Civil Veterinary Department Bihar & Orissa reports 1922-29 - 1922-1929
Year: 1922
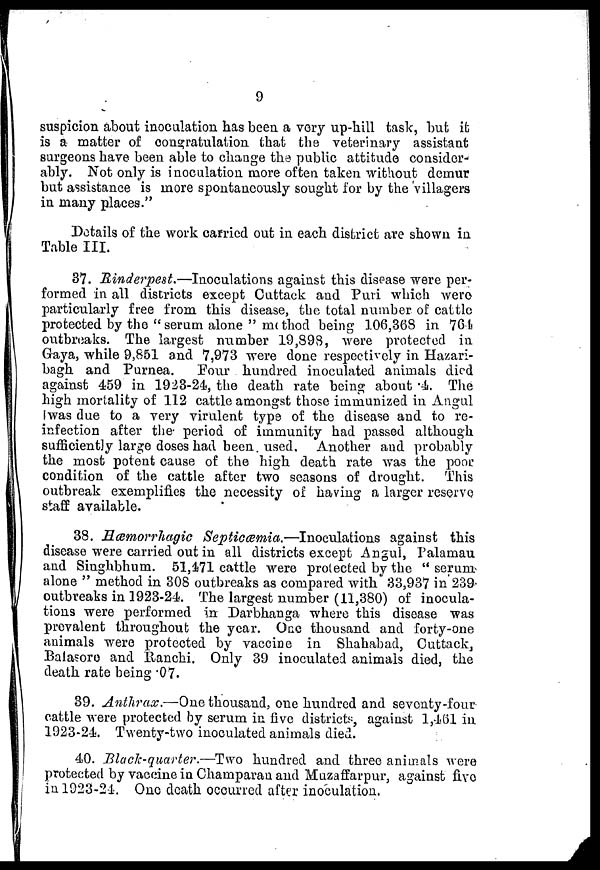
9
suspicion about inoculation has been a very up-hill task, but it
is a matter of congratulation that the veterinary assistant
surgeons have been able to change the public attitude consider-
ably. Not only is inoculation more often taken without demur
but assistance is more spontaneously sought for by the villagers
in many places.''
Details of the work carried out in each district are shown in
Table III.
37. Rinderpest.—Inoculations
against this disease were per-
formed in all districts except Cuttack and Puri which were
particularly free from this disease, the total number of cattle
protected by the "serum alone " method being 106,368 in 764
outbreaks. The largest number 19,898, were protected in
Gaya, while 9,851 and 7,973 were done respectively in Hazari-
bagh and Purnea.
Pour hundred inoculated animals died
against 459 in 1923-24, the death rate being about "4. The
high mortality of 112 cattle amongst those immunized in Angul
was due to a very virulent type of the disease and to re-
infection after the period of immunity had passed although
sufficiently large doses had been. used. Another and probably
the most potent cause of the high death rate was the poor
condition of the cattle after two seasons of drought. This
outbreak exemplifies the necessity of having a larger reserve
staff available.
38. Hæmorrhagic Septicæmia.-—Inoculations
against this
disease were carried out in all districts except Angul, Palamau
and Singhbhum. 51,471 cattle were protected by the " serum
alone " method in 308 outbreaks as compared with 33,937 in 239
outbreaks in 1923-24. The largest number (11,380) of inocula-
tions were performed in Darbhanga where this disease was
prevalent throughout the year. One thousand and forty-one
animals were protected by vaccine in Shahabad, Cuttack,
Balasoro and Ranchi. Only 39 inoculated animals died, the
death rate being 07.
39. Anthrax.—One thousand, one hundred and seventy-four-
cattle were protected by serum in five districts, against 1,461 in
1923-24. Twenty-two inoculated animals died.
40. Blade-quarter.—Two hundred and three animals were
protected by vaccine in Champaran and Muzaffarpur, against five
in 1923-24. One death occurred after inoculation.